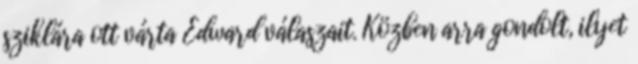
sziklára ott várta Edward válaszait. Közben arra gondolt, ilyet